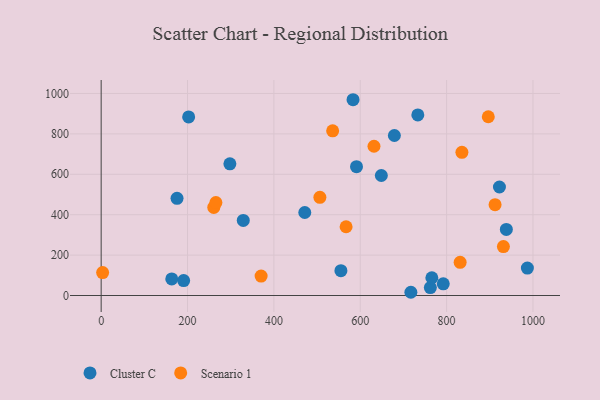
{"axis": {"x": "Distance", "y": "Profit"}, "legend": ["Cluster C", "Scenario 1"], "data": [{"x": "987.0", "y": 135.9, "type": "Cluster C"}, {"x": "298.1", "y": 651.9, "type": "Cluster C"}, {"x": "648.8", "y": 593.9, "type": "Cluster C"}, {"x": "762.3", "y": 39.5, "type": "Cluster C"}, {"x": "679.0", "y": 791.9, "type": "Cluster C"}, {"x": "922.3", "y": 537.1, "type": "Cluster C"}, {"x": "733.3", "y": 893.8, "type": "Cluster C"}, {"x": "202.6", "y": 884.0, "type": "Cluster C"}, {"x": "555.2", "y": 123.0, "type": "Cluster C"}, {"x": "175.7", "y": 481.1, "type": "Cluster C"}, {"x": "938.3", "y": 327.1, "type": "Cluster C"}, {"x": "591.3", "y": 637.6, "type": "Cluster C"}, {"x": "765.8", "y": 87.9, "type": "Cluster C"}, {"x": "583.3", "y": 969.1, "type": "Cluster C"}, {"x": "717.2", "y": 16.0, "type": "Cluster C"}, {"x": "163.5", "y": 82.0, "type": "Cluster C"}, {"x": "471.5", "y": 411.0, "type": "Cluster C"}, {"x": "329.1", "y": 371.5, "type": "Cluster C"}, {"x": "792.2", "y": 57.6, "type": "Cluster C"}, {"x": "191.0", "y": 73.9, "type": "Cluster C"}, {"x": "260.8", "y": 436.1, "type": "Scenario 1"}, {"x": "896.5", "y": 884.9, "type": "Scenario 1"}, {"x": "265.7", "y": 459.9, "type": "Scenario 1"}, {"x": "931.5", "y": 242.4, "type": "Scenario 1"}, {"x": "631.8", "y": 738.7, "type": "Scenario 1"}, {"x": "506.5", "y": 485.9, "type": "Scenario 1"}, {"x": "567.2", "y": 340.3, "type": "Scenario 1"}, {"x": "835.4", "y": 708.7, "type": "Scenario 1"}, {"x": "831.3", "y": 164.1, "type": "Scenario 1"}, {"x": "912.2", "y": 449.8, "type": "Scenario 1"}, {"x": "370.4", "y": 96.2, "type": "Scenario 1"}, {"x": "3.4", "y": 113.4, "type": "Scenario 1"}, {"x": "536.1", "y": 815.2, "type": "Scenario 1"}]}